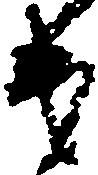
第